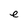
Character: e